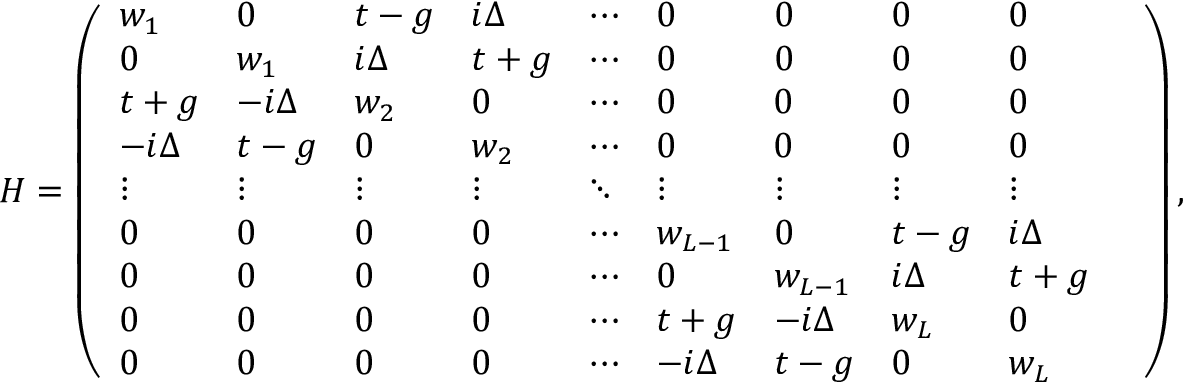
\begin{array} { r } { H = \left( \begin{array} { l l l l l l l l l l } { w _ { 1 } } & { 0 } & { t - g } & { i \Delta } & { \cdots } & { 0 } & { 0 } & { 0 } & { 0 } & \\ { 0 } & { w _ { 1 } } & { i \Delta } & { t + g } & { \cdots } & { 0 } & { 0 } & { 0 } & { 0 } & \\ { t + g } & { - i \Delta } & { w _ { 2 } } & { 0 } & { \cdots } & { 0 } & { 0 } & { 0 } & { 0 } & \\ { - i \Delta } & { t - g } & { 0 } & { w _ { 2 } } & { \cdots } & { 0 } & { 0 } & { 0 } & { 0 } & \\ { \vdots } & { \vdots } & { \vdots } & { \vdots } & { \ddots } & { \vdots } & { \vdots } & { \vdots } & { \vdots } & \\ { 0 } & { 0 } & { 0 } & { 0 } & { \cdots } & { w _ { L - 1 } } & { 0 } & { t - g } & { i \Delta } & \\ { 0 } & { 0 } & { 0 } & { 0 } & { \cdots } & { 0 } & { w _ { L - 1 } } & { i \Delta } & { t + g } & \\ { 0 } & { 0 } & { 0 } & { 0 } & { \cdots } & { t + g } & { - i \Delta } & { w _ { L } } & { 0 } & \\ { 0 } & { 0 } & { 0 } & { 0 } & { \cdots } & { - i \Delta } & { t - g } & { 0 } & { w _ { L } } \end{array} \right) , } \end{array}